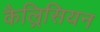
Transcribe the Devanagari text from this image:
कैल्रिसियन